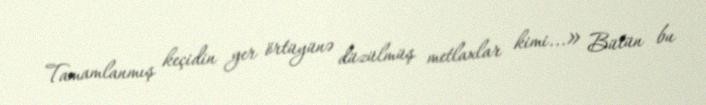
Tamamlanmış keçidin yer örtüyünə düzülmüş metlaxlar kimi...» Bütün bu